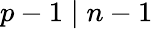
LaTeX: p-1\mid n-1